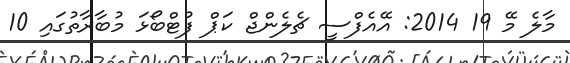
މާލެ މޭ 19 2014: އޭއެފްސީ ޗެލެންޖް ކަޕް ފުޓްބޯޅަ މުބާރާތުގައި 10